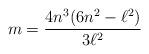
LaTeX: \begin{align*}m=\frac{4n^{3}(6n^{2}-\ell ^{2})}{3\ell ^{2}} \end{align*}